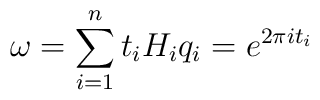
\omega=\sum_{i=1}^n t_i H_i\\q_i=e^{2\pi i t_i}